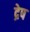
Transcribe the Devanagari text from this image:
द्रेष